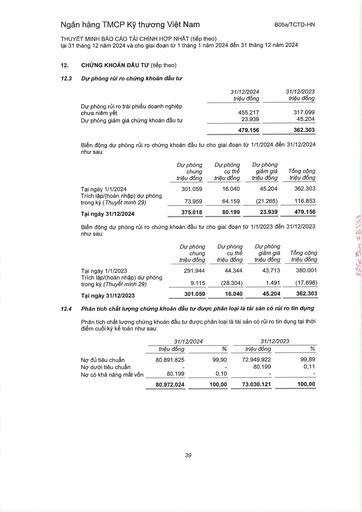
||31/12/2024 triệu đồng|31/12/2023 triệu đồng| |---|---|---| |Dự phòng rủi ro trái phiếu doanh nghiệp chưa niêm yết|455.217|317.099| |Dự phòng giảm giá chứng khoán đầu tư|23.939|45.204| ||479.156|362.303| ||Dự phòng chung triệu đồng|Dự phòng cụ thể triệu đồng|Dự phòng giảm giá triệu đồng|Tổng cộng triệu đồng| |---|---|---|---|---| |Tại ngày 1/1/2024|301.059|16.040|45.204|362.303| |Trích lập/(hoàn nhập) dự phòng trong kỳ (Thuyết minh 29)|73.959|64.159|(21.265)|116.853| |Tại ngày 31/12/2024|375.018|80.199|23.939|479.156| ||Dự phòng chung triệu đồng|Dự phòng cụ thể triệu đồng|Dự phòng giảm giá triệu đồng|Tổng cộng triệu đồng| |---|---|---|---|---| |Tại ngày 1/1/2023|291.944|44.344|43.713|380.001| |Trích lập/(hoàn nhập) dự phòng trong kỳ (Thuyết minh 29)|9.115|(28.304)|1.491|(17.698)| |Tại ngày 31/12/2023|301.059|16.040|45.204|362.303| |||31/12/2024||31/12/2023| |---|---|---|---|---| ||triệu đồng|%|triệu đồng|%| |Nợ đủ tiêu chuẩn|80.891.825|99,90|72.949.922|99,89| |Nợ dưới tiêu chuẩn|||80.199|0,11| |Nợ có khả năng mất vốn|80.199|0,10||| ||80.972.024|100,00|73.030.121|100,00|